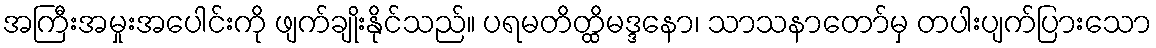
အကြီးအမှုးအပေါင်းကို ဖျက်ချိုးနိုင်သည်။ ပရမတိတ္ထိမဒ္ဒနော၊ သာသနာတော်မှ တပါးပျက်ပြားသော